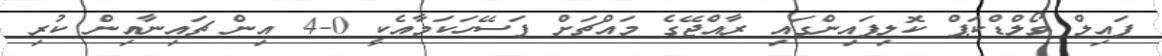
ފައިލް ވޯލްޑްކަޕް ކޮލިފައިންގައި ރާއްޖޭގެ މައްޗަށް ފަސޭހަކަމާއެކީ 0-4 އިން ޗައިނާއިން ކުރި